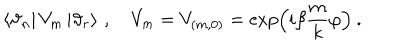
\left\langle \vartheta _ { n } \right| V _ { m } \left| \vartheta _ { r } \right\rangle \, , \quad V _ { m } = V _ { ( m , 0 ) } = \exp \left( { i \beta } \frac { m } { k } \varphi \right) \: .